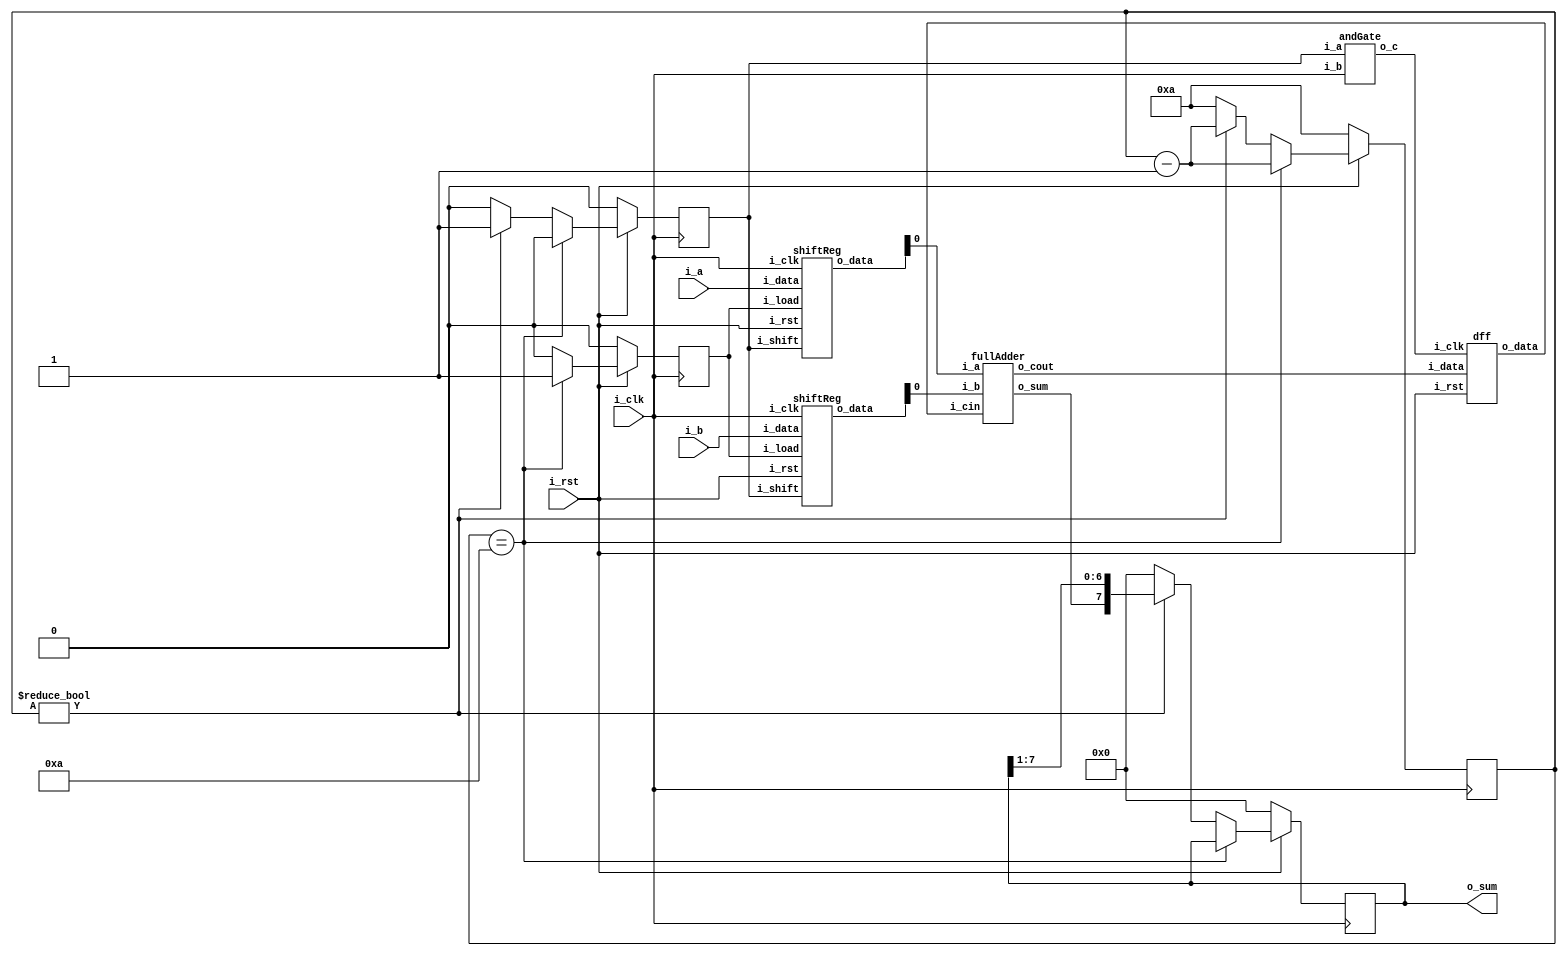
// let's try building a parameterized Serial Adder 
// List of modules to be instantiated :
// 2 Shift reg, 1 Full Adder, 1 DFF, 1 And gate

`default_nettype none
// Serial Adder

module serialAdder( i_clk, i_rst, i_a, i_b, o_sum);

parameter DATAWIDTH = 8;

input wire i_clk, i_rst;
input wire [DATAWIDTH-1:0] i_a, i_b;
output reg [DATAWIDTH-1:0] o_sum;

reg i_shift, i_load;
wire [DATAWIDTH-1:0] o_rega, o_regb;

wire o_regc;
wire o_and, dff_in, dff_out;

// Wrap entire code over a counter of DATAWIDTH bits

reg [DATAWIDTH:0] counter;

// module instantiations
shiftReg A(i_clk, i_rst, i_shift, i_load, i_a, o_rega);
shiftReg B(i_clk, i_rst, i_shift, i_load, i_b, o_regb);

fullAdder C(o_rega[0], o_regb[0], dff_out, o_regc, dff_in);

dff D(o_and, i_rst, dff_in, dff_out);

andGate AND(i_shift, i_clk, o_and);

always @(posedge i_clk) 
    if (!i_rst)  
    begin
        counter <= DATAWIDTH+2;
        i_shift <= 0;
        i_load <= 0;
        o_sum <= 0;
    end
    else if (counter == DATAWIDTH+2)
    begin
        i_load <= 1;
        i_shift <= 0;
        counter <= counter - 1;
    end
    else if (counter != 0)
    begin
        i_load <= 0;
        i_shift <= 1;
        o_sum <= {o_regc, o_sum[DATAWIDTH-1:1]};
        counter <= counter - 1;
    end
    else
    begin
        i_load <= 0;
        i_shift <= 0;
        counter <= DATAWIDTH+2;
        o_sum <= 0;
    end

endmodule

// Shift reg
module shiftReg( i_clk, i_rst, i_shift, i_load, i_data, o_data );

parameter DATAWIDTH = 8;
input wire i_rst, i_clk, i_shift, i_load;
input wire [DATAWIDTH-1:0] i_data;
output wire [DATAWIDTH-1:0] o_data;

reg [DATAWIDTH-1:0] o_reg;

always @(posedge i_clk) begin 
    if (!i_rst) 
        o_reg <= 0;
    else if (i_load)
        o_reg <= i_data;
    else if (i_shift)
        o_reg <= {1'b0, o_reg[DATAWIDTH-1:1]};
end

assign o_data = o_reg;
endmodule


// D flip flop
module dff( i_clk, i_rst, i_data, o_data );
input wire i_clk, i_rst, i_data;
output wire o_data;

reg o_reg;
always @(posedge i_clk) begin 
    if (!i_rst) 
        o_reg <= 0;
    else
        o_reg <= i_data;
end

assign o_data = o_reg;

endmodule


// And Gate
module andGate( i_a, i_b, o_c );
input wire i_a, i_b;
output wire o_c;

assign o_c = i_a & i_b;

endmodule


// Full Adder
module fullAdder( i_a, i_b, i_cin, o_sum, o_cout );

input wire i_a, i_b, i_cin;
output wire o_cout;
output reg o_sum;
reg o_cout_reg;

always @(*) begin
    o_sum = i_a ^ i_b ^ i_cin;
    o_cout_reg = (i_a & i_b) | (i_b & i_cin) | (i_a & i_cin);
end

assign o_cout = o_cout_reg;
endmodule